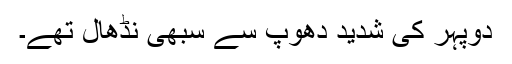
دوپہر کی شدید دھوپ سے سبھی نڈھال تھے۔